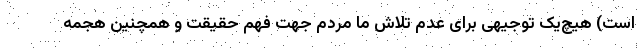
است) هیچ‌یک توجیهی برای عدم تلاش ما مردم جهت فهم حقیقت و همچنین هجمه